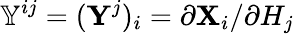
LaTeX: \mathbb{Y}^{ij}=(\mathbf{Y}^{j})_{i}=\partial\mathbf{X}_{i}/\partial H_{j}